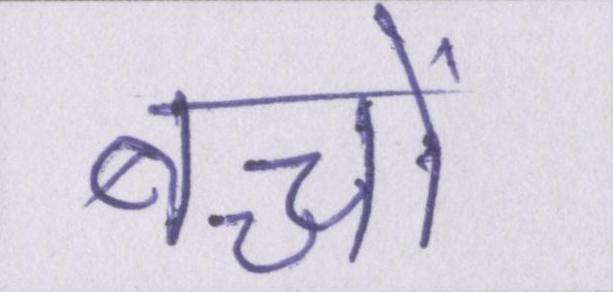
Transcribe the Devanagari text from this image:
बच्चों